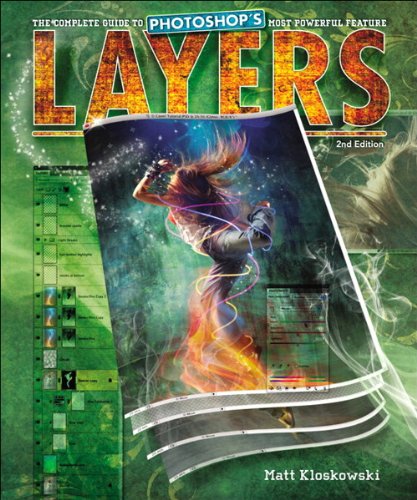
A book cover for Layers: The Complete Guide to Photoshop's Most Powerful Feature (2nd Edition); Matt Kloskowski; Computers & Technology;